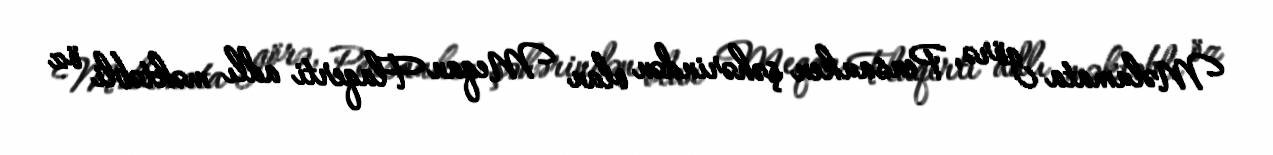
Məlumata görə, Pensauken şəhərindən olan Meqan Flaqerti adlı məktəbli öz